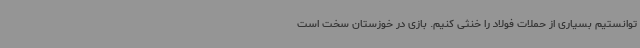
توانستیم بسیاری از حملات فولاد را خنثی کنیم. بازی در خوزستان سخت است